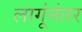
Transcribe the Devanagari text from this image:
लागूंनंतर